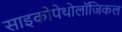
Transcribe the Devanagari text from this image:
साइकोपेथोलॉजिकल